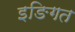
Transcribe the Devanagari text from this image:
इङिगत